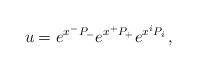
LaTeX: \begin{align*}u = e^{x^{-}P_{-}}e^{x^{+}P_{+}}e^{x^{i}P_{i}}\, ,\end{align*}